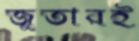
জুতারই